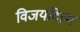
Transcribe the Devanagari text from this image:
विजयदित्य